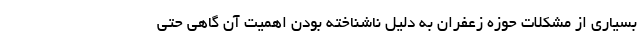
بسیاری از مشکلات حوزه زعفران به دلیل ناشناخته بودن اهمیت آن گاهی حتی